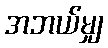
အဘယ်မျှ